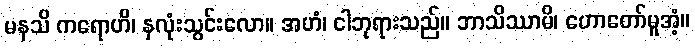
မနသိ ကရောဟိ၊ နှလုံးသွင်းလော။ အဟံ၊ ငါဘုရားသည်။ ဘာသိဿာမိ၊ ဟောတော်မူအံ့။